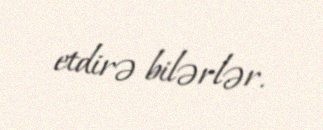
etdirə bilərlər.